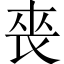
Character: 䘮